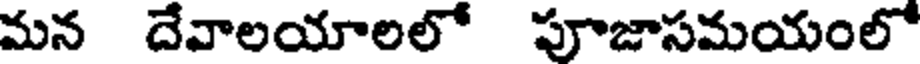
మన దేవాలయాలలో పూజాసమయంలో